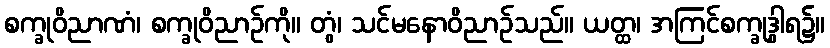
စက္ခုဝိညာဏံ၊ စက္ခုဝိညာဉ်ကို။ တွံ၊ သင်မနောဝိညာဉ်သည်။ ယတ္ထ၊ အကြင်စက္ခုဒွါရ၌။